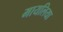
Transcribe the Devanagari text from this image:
मायलिया